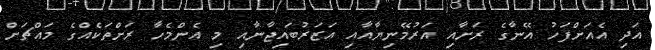
އަދި އެއަށްފަހު އޭނާގެ ރަށާއި އަރުމޭނިޔާއާއި އަޒަރުބައިޖާނާއި މި އެންމެހާ ރަށްތަކެއްގެ މައްޗަށް